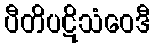
ပီတိပဋိသံဝေဒီ